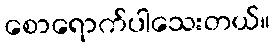
စောရောက်ပါသေးတယ်။